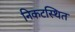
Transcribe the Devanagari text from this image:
निकटस्थित